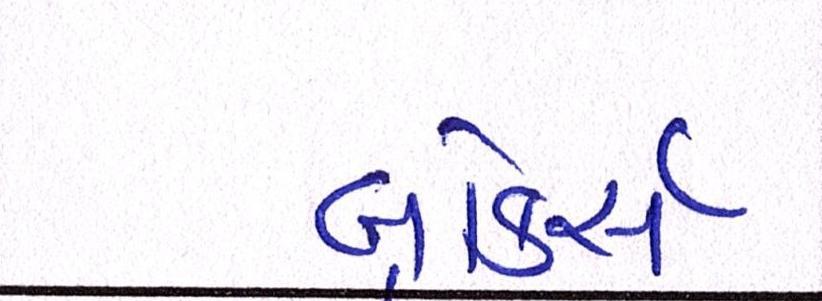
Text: બ્રોકર્સ